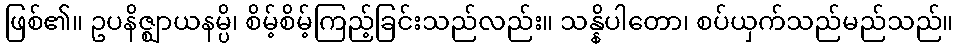
ဖြစ်၏။ ဥပနိဇ္ဈာယနမ္ပိ၊ စိမ့်စိမ့်ကြည့်ခြင်းသည်လည်း။ သန္နိပါတော၊ စပ်ယှက်သည်မည်သည်။